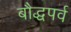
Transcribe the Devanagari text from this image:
बौद्धपर्व